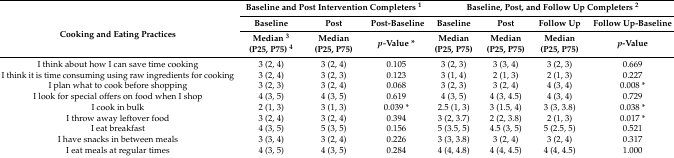
<table><thead><tr><td rowspan="3"><b>Cooking and Eating Practices</b></td><td colspan="3"><b>Baseline and Post Intervention Completers <sup>1</sup></b></td><td colspan="4"><b>Baseline, Post, and Follow Up Completers <sup>2</sup></b></td></tr><tr><td><b>Baseline</b></td><td><b>Post</b></td><td><b>Post-Baseline</b></td><td><b>Baseline</b></td><td><b>Post</b></td><td><b>Follow Up</b></td><td><b>Follow Up-Baseline</b></td></tr><tr><td><b>Median <sup>3</sup> (P25, P75) <sup>4</sup></b></td><td><b>Median (P25, P75)</b></td><td><b><i>p-</i>Value *</b></td><td><b>Median (P25, P75)</b></td><td><b>Median (P25, P75)</b></td><td><b>Median (P25, P75)</b></td><td><b><i>p</i>-Value</b></td></tr></thead><tbody><tr><td>I think about how I can save time cooking</td><td>3 (2, 4)</td><td>3 (2, 4)</td><td>0.105</td><td>3 (2, 3)</td><td>3 (3, 4)</td><td>3 (2, 3)</td><td>0.669</td></tr><tr><td>I think it is time consuming using raw ingredients for cooking</td><td>3 (2, 4)</td><td>3 (2, 3)</td><td>0.123</td><td>3 (1, 4)</td><td>2 (1, 3)</td><td>2 (1, 3)</td><td>0.227</td></tr><tr><td>I plan what to cook before shopping</td><td>3 (2, 3)</td><td>3 (2, 4)</td><td>0.068</td><td>3 (2, 3)</td><td>3 (2, 4)</td><td>4 (3, 4)</td><td>0.008 *</td></tr><tr><td>I look for special offers on food when I shop</td><td>4 (3, 5)</td><td>4 (3, 5)</td><td>0.619</td><td>4 (3, 5)</td><td>4 (3, 4.5)</td><td>4 (3, 4)</td><td>0.729</td></tr><tr><td>I cook in bulk</td><td>2 (1, 3)</td><td>3 (1, 3)</td><td>0.039 *</td><td>2.5 (1, 3)</td><td>3 (1.5, 4)</td><td>3 (3, 3.8)</td><td>0.038 *</td></tr><tr><td>I throw away leftover food</td><td>3 (2, 4)</td><td>3 (2, 4)</td><td>0.394</td><td>3 (2, 3.7)</td><td>2 (2, 3.8)</td><td>2 (1, 3)</td><td>0.017 *</td></tr><tr><td>I eat breakfast</td><td>4 (3, 5)</td><td>5 (3, 5)</td><td>0.156</td><td>5 (3.5, 5)</td><td>4.5 (3, 5)</td><td>5 (2.5, 5)</td><td>0.521</td></tr><tr><td>I have snacks in between meals</td><td>3 (3, 4)</td><td>3 (2, 4)</td><td>0.226</td><td>3 (3, 3.8)</td><td>3 (2, 4)</td><td>3 (2, 4)</td><td>0.317</td></tr><tr><td>I eat meals at regular times</td><td>4 (3, 5)</td><td>4 (3, 5)</td><td>0.284</td><td>4 (4, 4.8)</td><td>4 (4, 4.5)</td><td>4 (4, 4.5)</td><td>1.000</td></tr></tbody></table>